Annual administration report of the Civil Veterinary Department of India - 1910-1911
Year: 1910
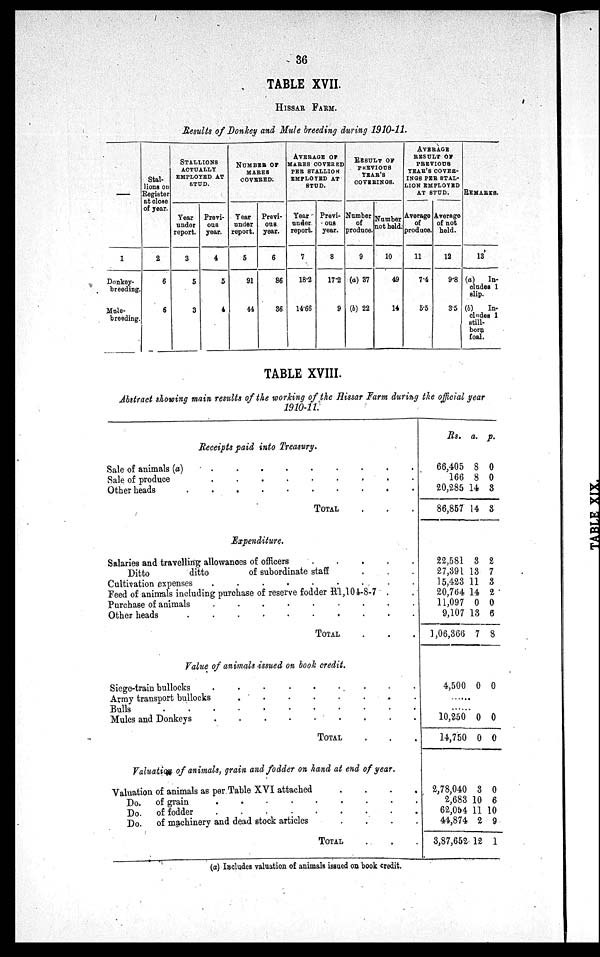
36
TABLE XVII.
HISSAR FARM.
Results of Donkey and Mule breeding during 1910-11.
—
1
Donkey-
breeding.
Mule-
breeding.
Stal-
lions on
Register
at close
of year.
2
6
6
STALLIONS
ACTUALLY
EMPLOYED AT
STUD.
Year
under
report.
3
5
3
Previ-
ous
year.
4
5
4
NUMBER OF
MARES
COVERED.
Year
under
report.
5
91
44
Previ-
ous
year.
6
86
36
AVERAGE OF
MARES COVERED
PER STALLION
EMPLOYED AT
STUD.
Year
under
report.
7
18.2
14.66
Previ-
ous
year.
8
17.2
9
RESULT OF
PREVIOUS
YEAR'S
COVERINGS.
Number
of
produce.
9
(a) 37
(b) 22
Number
not held.
10
49
14
AVERAGE
RESULT OF
PREVIOUS
YEAR'S COVER-
---- PER STAL-
---- EMPLOYED
AT STUD.
Average
of
produce.
11
7.4
5.5
Average
of not
held.
12
9.8
35
REMARKS.
13
(a)
In-
cludes 1
slip.
(b)
In-
cludes 1
still-
born
foal.
TABLE XVIII.
Abstract showing main results of the working of the Hissar Farm during the official year
1910-11.
Receipts paid into Treasury.
Sale of animals (a)
.
.
.
.
.
.
.
.
.
Sale of produce
.
.
.
.
.
.
.
.
.
Other heads
.
.
.
.
.
.
.
.
.
.
TOTAL . . .
Expenditure.
Salaries and travelling allowances of officers . . . . .
Ditto
ditto
of subordinate staff . . .
Cultivation expenses
.
.
.
.
.
.
. . . .
Feed of animals including purchase of reserve fodder R1,104-8-7 . .
Purchase of animals
.
.
.
.
.
.
.
.
.
Other heads
.
.
.
.
.
.
.
.
.
.
TOTAL . . .
Value of animals issued on book credit.
Siege-train bullocks
.
.
.
.
.
.
.
.
.
Army transport bullocks
.
.
.
.
.
.
. .
.
Bulls
Mules and Donkeys
.
.
. . . . . .
TOTAL . . .
Valuation of animals, grain and fodder on hand at end of year.
Valuation of animals as per Table XVI attached
.
.
.
.
Do.
of grain
.
.
.
.
.
.
.
.
.
Do.
of fodder
.
.
.
.
.
.
.
.
.
Do.
of machinery and dead stock articles
.
.
.
.
TOTAL . . .
Rs.
66,405
166
20,285
86,857
22,581
27,391
15,423
20,764
11,097
9,107
1,06,366
4,500
......
......
10,250
14,750
2,78,040
2,683
62,054
44,874
3,87,652
a.
8
8
14
14
3
13
11
14
0
13
7
0
0
0
3
10
11
2
12
p.
0
0
3
3
2
7
3
2
0
6
8
0
0
0
0
6
10
9
1
(a) Includes valuation of animals issued on book credit.